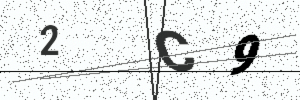
Text: 2C9